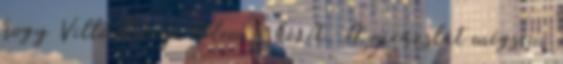
hogy Ville elvonja tőlem a kezét. A varázslat mégsem